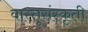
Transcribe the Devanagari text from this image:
वास्तूसंस्कृती